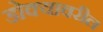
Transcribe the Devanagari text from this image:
डोक्‍यावरील